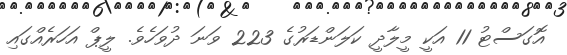
އޮގަސްޓު 11 އަކީ މީލާދީ ކަލަންޑަރުގެ 223 ވަނަ ދުވަހެވެ. ލީޕް އަހަރެއްގައި